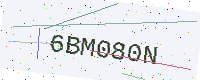
Text: 6BM080N